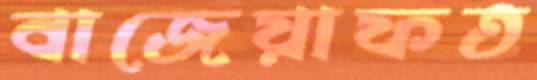
বাজেয়াফত